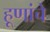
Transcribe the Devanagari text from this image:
हूणांचे